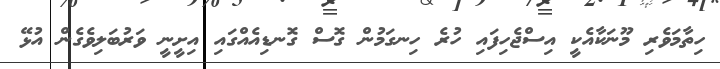
ހިތާމަވެރި މޫނަކާއެކީ އިސްޖެހިފައި ހުރެ ހިނގަމުން ގޮސް ގޮނޑިއެއްގައި އިށީނީ ވަރުބަލިވެގެން އުޅޭ